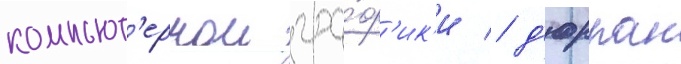
компьют'ернои гра́ф'ик'и / д'юрран